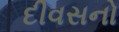
દીવસનો